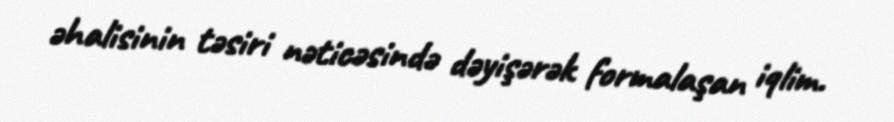
əhalisinin təsiri nəticəsində dəyişərək formalaşan iqlim.